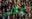
يمكنني